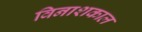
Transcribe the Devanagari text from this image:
विनाशकाल